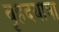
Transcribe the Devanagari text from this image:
वृहदयात्रा